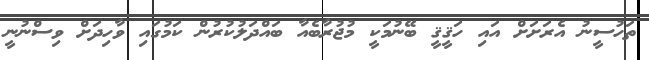
ތަހުސީނު އެރަށަށް އައި ހަޤީޤީ ބޭނުމަކީ މުޖުރާބެއާ ބައްދަލުކުރުން ކަމުގައި ވާހިދަށް ވިސްނުނީ